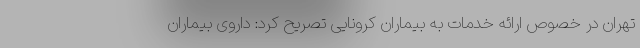
تهران در خصوص ارائه خدمات به بیماران کرونایی تصریح کرد: داروی بیماران